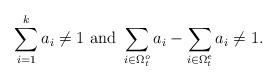
LaTeX: \begin{align*} \sum_{i=1}^k a_i \neq 1 \,\, {\rm and} \,\, \sum_{i\in \Omega_t^o}a_i-\sum_{i\in \Omega_t^e}a_i \neq 1 .\end{align*}